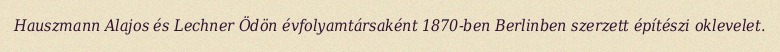
Hauszmann Alajos és Lechner Ödön évfolyamtársaként 1870-ben Berlinben szerzett építészi oklevelet.